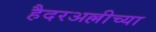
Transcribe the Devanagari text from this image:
हैदरअल्लीच्या